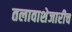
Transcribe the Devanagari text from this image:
तलावाशेजारीच